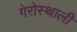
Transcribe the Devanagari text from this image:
गेरोस्थाली